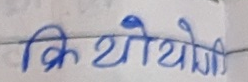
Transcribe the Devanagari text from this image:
क्रियोथियोगी